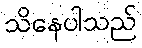
သိနေပါသည်